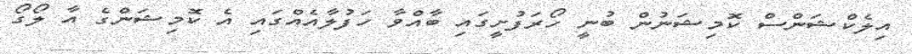
އިލެކްޝަންސް ކޮމިޝަނުން ބުނީ ހޯރަފުށީގައި ބާއްވާ ހަފުލާއެއްގައި އެ ކޮމިޝަންގެ އާ ލޯގޯ